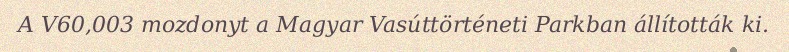
A V60,003 mozdonyt a Magyar Vasúttörténeti Parkban állították ki.